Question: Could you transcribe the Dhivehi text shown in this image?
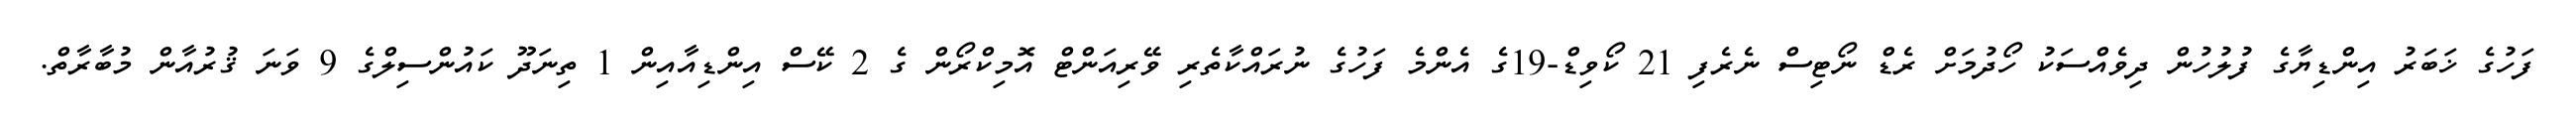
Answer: ފަހުގެ ޚަބަރު އިންޑިޔާގެ ފުލުހުން ދިވެއްސަކު ހޯދުމަށް ރެޑް ނޯޓިސް ނެރެފި 21 ކޯވިޑް-19ގެ އެންމެ ފަހުގެ ނުރައްކާތެރި ވޭރިއަންޓް އޮމިކްރޯން ގެ 2 ކޭސް އިންޑިއާއިން 1 ތިނަދޫ ކައުންސިލްގެ 9 ވަނަ ޤުރުއާން މުބާރާތް.